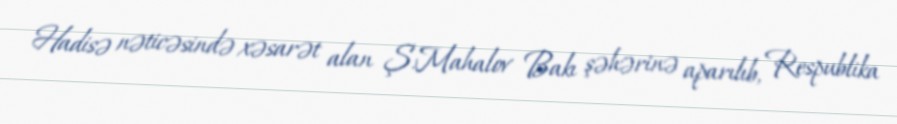
Hadisə nəticəsində xəsarət alan Ş.Mahalov Bakı şəhərinə aparılıb, Respublika